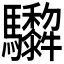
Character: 𩧠